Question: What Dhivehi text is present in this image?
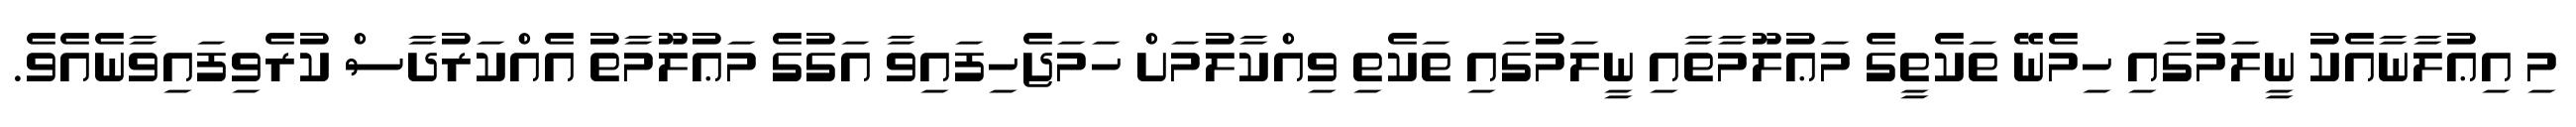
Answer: މި އިޢުލާނާއެކު ނީލަމުގައި ހިމެނޭ ތަކެތީގެ މަޢުލޫމާތާއި ނީލަމުގައި ތަކެތި ވިއްކާލުމަށް ހަމަޖެހިފައިވާ އަގުގެ މަޢުލޫމާތު އެއްކަރުދާސް ކުރެވިފައިވާނެއެވެ.